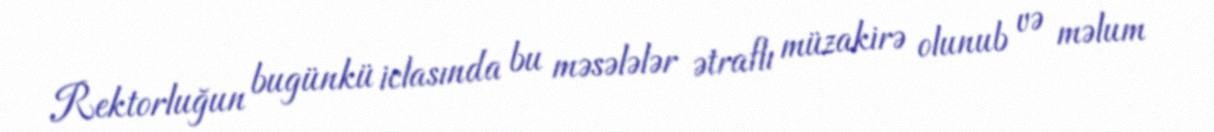
Rektorluğun bugünkü iclasında bu məsələlər ətraflı müzakirə olunub və məlum